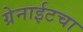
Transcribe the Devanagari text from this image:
ग्रेनाईटचा